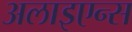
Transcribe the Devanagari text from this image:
अलाइएन्स